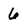
Character: 6